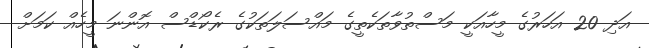
އަދި 20 އަހަރުގެ މީހާއަކީ މަސްތުވާތަކެތީގެ މައްސަލަތަކުގެ ރެކޯޑްސް އޮންނަ މީހެއް ކަމަށް